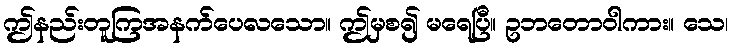
ဤနည်းတူကြအနက်ပေလသော။ ဤမှစ၍ မရေပြီ။ ဥဘတောဝါကား။ သေ၊